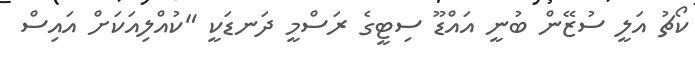
ކޯޗު އަލީ ސުޒޭން ބުނީ އައްޑޫ ސިޓީގެ ރަސްމީ ދަނޑަކީ "ކުއްލިއަކަށް އައިސް